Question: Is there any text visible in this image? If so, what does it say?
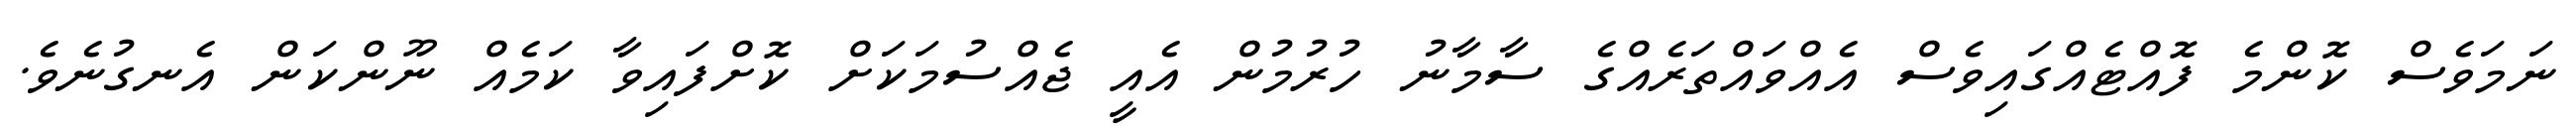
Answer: ނަމަވެސް ކޮންމެ ފޮއްޓެއްގައިވެސް އެއްވައްތަރެއްގެ ސާމާނު ހުރުމުން އެއީ ޖެއްސުމަކަށް ކޮށްފައިވާ ކަމެއް ނޫންކަން އެނގުނެވެ.